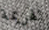
الهزيمة